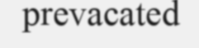
prevacated